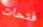
فتحات